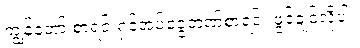
ကျွန်တော် စာရင်းရှင်အပ်ငွေဘဏ်စာရင်း ဖွင့်ချင်လို့ပါ။